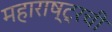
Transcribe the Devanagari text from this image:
महाराष्ट्रची